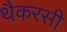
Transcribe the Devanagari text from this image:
थैकरसी